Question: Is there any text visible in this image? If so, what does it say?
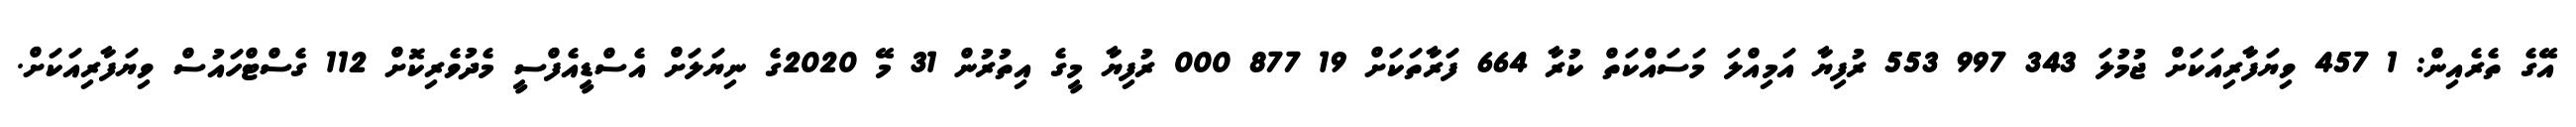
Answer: އޭގެ ތެރެއިން: 1 457 ވިޔަފާރިއަކަށް ޖުމުލަ 343 997 553 ރުފިޔާ އަމިއްލަ މަސައްކަތް ކުރާ 664 ފަރާތަކަށް 19 877 000 ރުފިޔާ މީގެ އިތުރުން 31 މޭ 2020ގެ ނިޔަލަށް އެސްޑީއެފްސީ މެދުވެރިކޮށް 112 ގެސްޓްހައުސް ވިޔަފާރިއަކަށް.